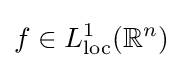
f\in L_{\text{loc}}^{1}(\mathbb {R} ^{n})